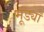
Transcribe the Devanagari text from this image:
मूंड्याँ